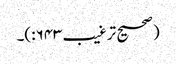
(صحیح ترغیب۶۴۳:)۔